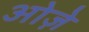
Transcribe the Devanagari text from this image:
ओज़े